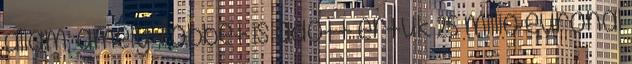
állam, amely többet is adott értük 25 millió eurónál